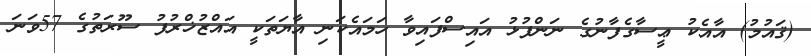
(ޤައުމު) އާއެކު ޢީސާގެފާނުގެ ނަންފުޅު އައިސްފައިވާ ހަމައެކަނި އާޔަތަކީ އައްޒުޚްރުފު ސޫރަތުގެ 57ވަނަ